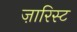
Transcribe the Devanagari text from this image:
ज़ारिस्ट